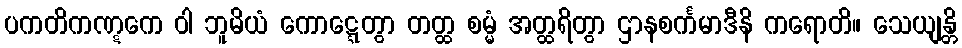
ပကတိကဏ္ဋကေ ဝါ ဘူမိယံ ကောဋ္ဋေတွာ တတ္ထ စမ္မံ အတ္ထရိတွာ ဌာနစင်္ကမာဒီနိ ကရောတိ။ သေယျန္တိ